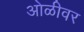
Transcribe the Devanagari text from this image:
ओळीवर